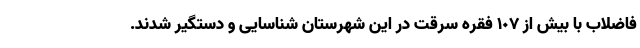
فاضلاب با بیش از ۱٠۷ فقره سرقت در این شهرستان شناسایی و دستگیر شدند.